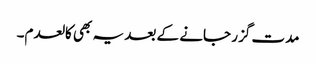
مدت گزر جانے کے بعد یہ بھی کالعدم۔